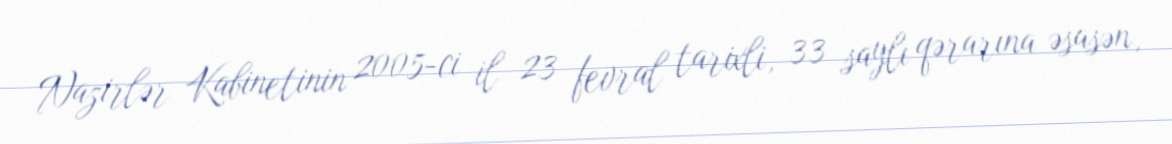
Nazirlər Kabinetinin 2005-ci il 23 fevral tarixli, 33 saylı qərarına əsasən,